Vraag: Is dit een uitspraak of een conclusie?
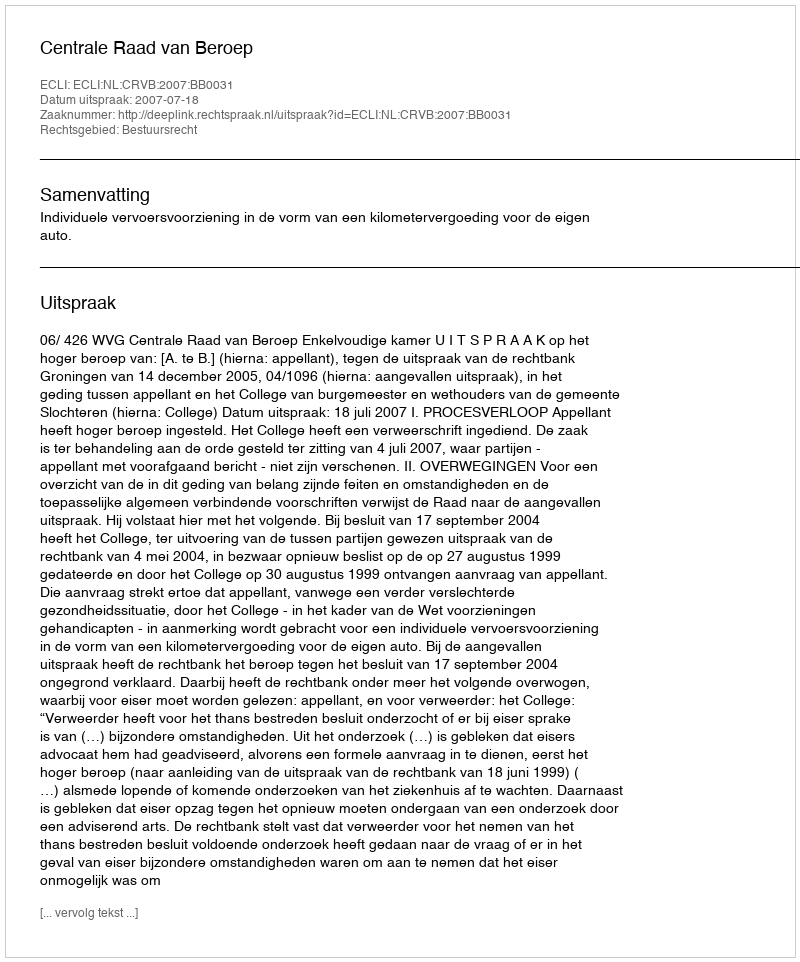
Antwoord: Uitspraak